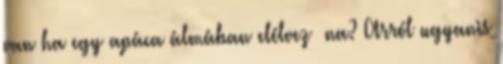
van ha egy apáca álmában elélvez na? Arról ugyanis